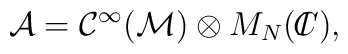
{\cal A}={\cal C}^\infty({\cal M}) \otimes M_N({I \kern -.6em C}),